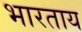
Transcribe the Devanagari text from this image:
भारताय